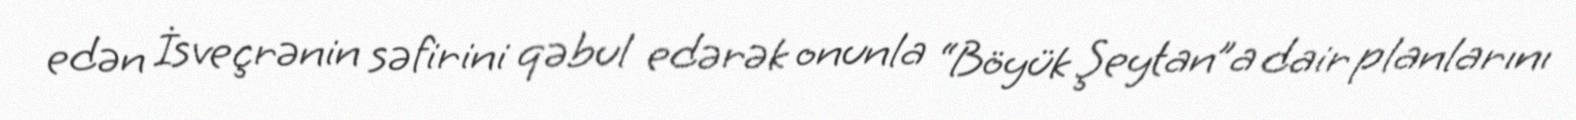
edən İsveçrənin səfirini qəbul edərək onunla “Böyük Şeytan”a dair planlarını